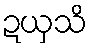
ဍယှသိ